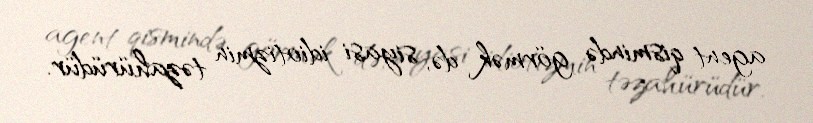
agent qismində görmək də, siyasi idiotizmin təzahürüdür.